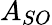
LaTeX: A_{SO}